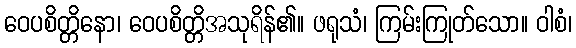
ဝေပစိတ္တိနော၊ ဝေပစိတ္တိအသုရိန်၏။ ဖရုသံ၊ ကြမ်းကြုတ်သော။ ဝါစံ၊